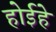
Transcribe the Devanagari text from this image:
होईहे